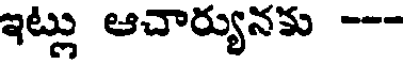
ఇట్లు ఆచార్యునకు ---